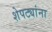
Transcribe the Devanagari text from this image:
शेपट्यांना